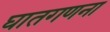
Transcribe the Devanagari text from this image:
घातगणना